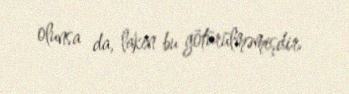
olunsa da, lakin bu götürülməmişdir.